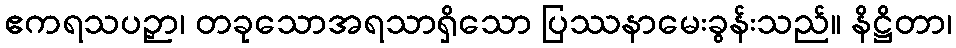
ဧကရသပဉှာ၊ တခုသောအရသာရှိသော ပြဿနာမေးခွန်းသည်။ နိဋ္ဌိတာ၊